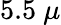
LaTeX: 5.5~\mu